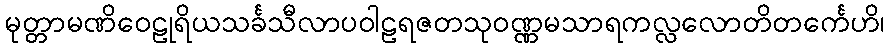
မုတ္တာမဏိဝေဠုရိယသင်္ခသီလာပဝါဠရဇတသုဝဏ္ဏမသာရကလ္လလောတိတင်္ကေဟိ၊